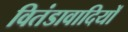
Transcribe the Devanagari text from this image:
वितंडावादियों